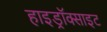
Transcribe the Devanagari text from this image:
हाइड्रॉक्साइट